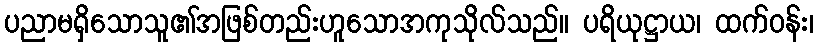
ပညာမရှိသောသူ၏အဖြစ်တည်းဟူသောအကုသိုလ်သည်။ ပရိယုဋ္ဌာယ၊ ထက်ဝန်း၊